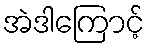
အဲဒါကြောင့်